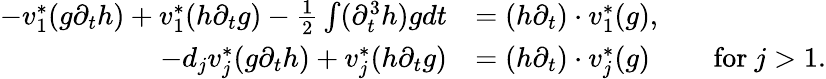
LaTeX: \begin{array}{rl}{-v_{1}^{*}(g\partial_{t}h)+v_{1}^{*}(h\partial_{t}g)-\frac{1}{2}\int(\partial_{t}^{3}h)gdt}&{=(h\partial_{t})\cdot v_{1}^{*}(g),}\\ {-d_{j}v_{j}^{*}(g\partial_{t}h)+v_{j}^{*}(h\partial_{t}g)}&{=(h\partial_{t})\cdot v_{j}^{*}(g)\qquad\mathrm{~for~}j>1.}\end{array}